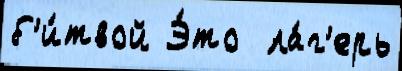
б'и́твой Э́то  ла́г'ерь